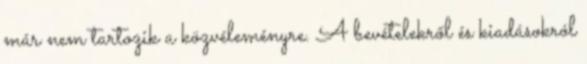
már nem tartozik a közvéleményre. A bevételekről és kiadásokról